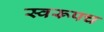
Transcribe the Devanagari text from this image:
स्वरूपच